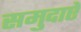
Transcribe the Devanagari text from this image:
समुदाऐ